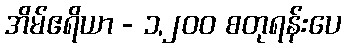
အိမ်ဧရိယာ - ၁,၂၀၀ စတုရန်းပေ